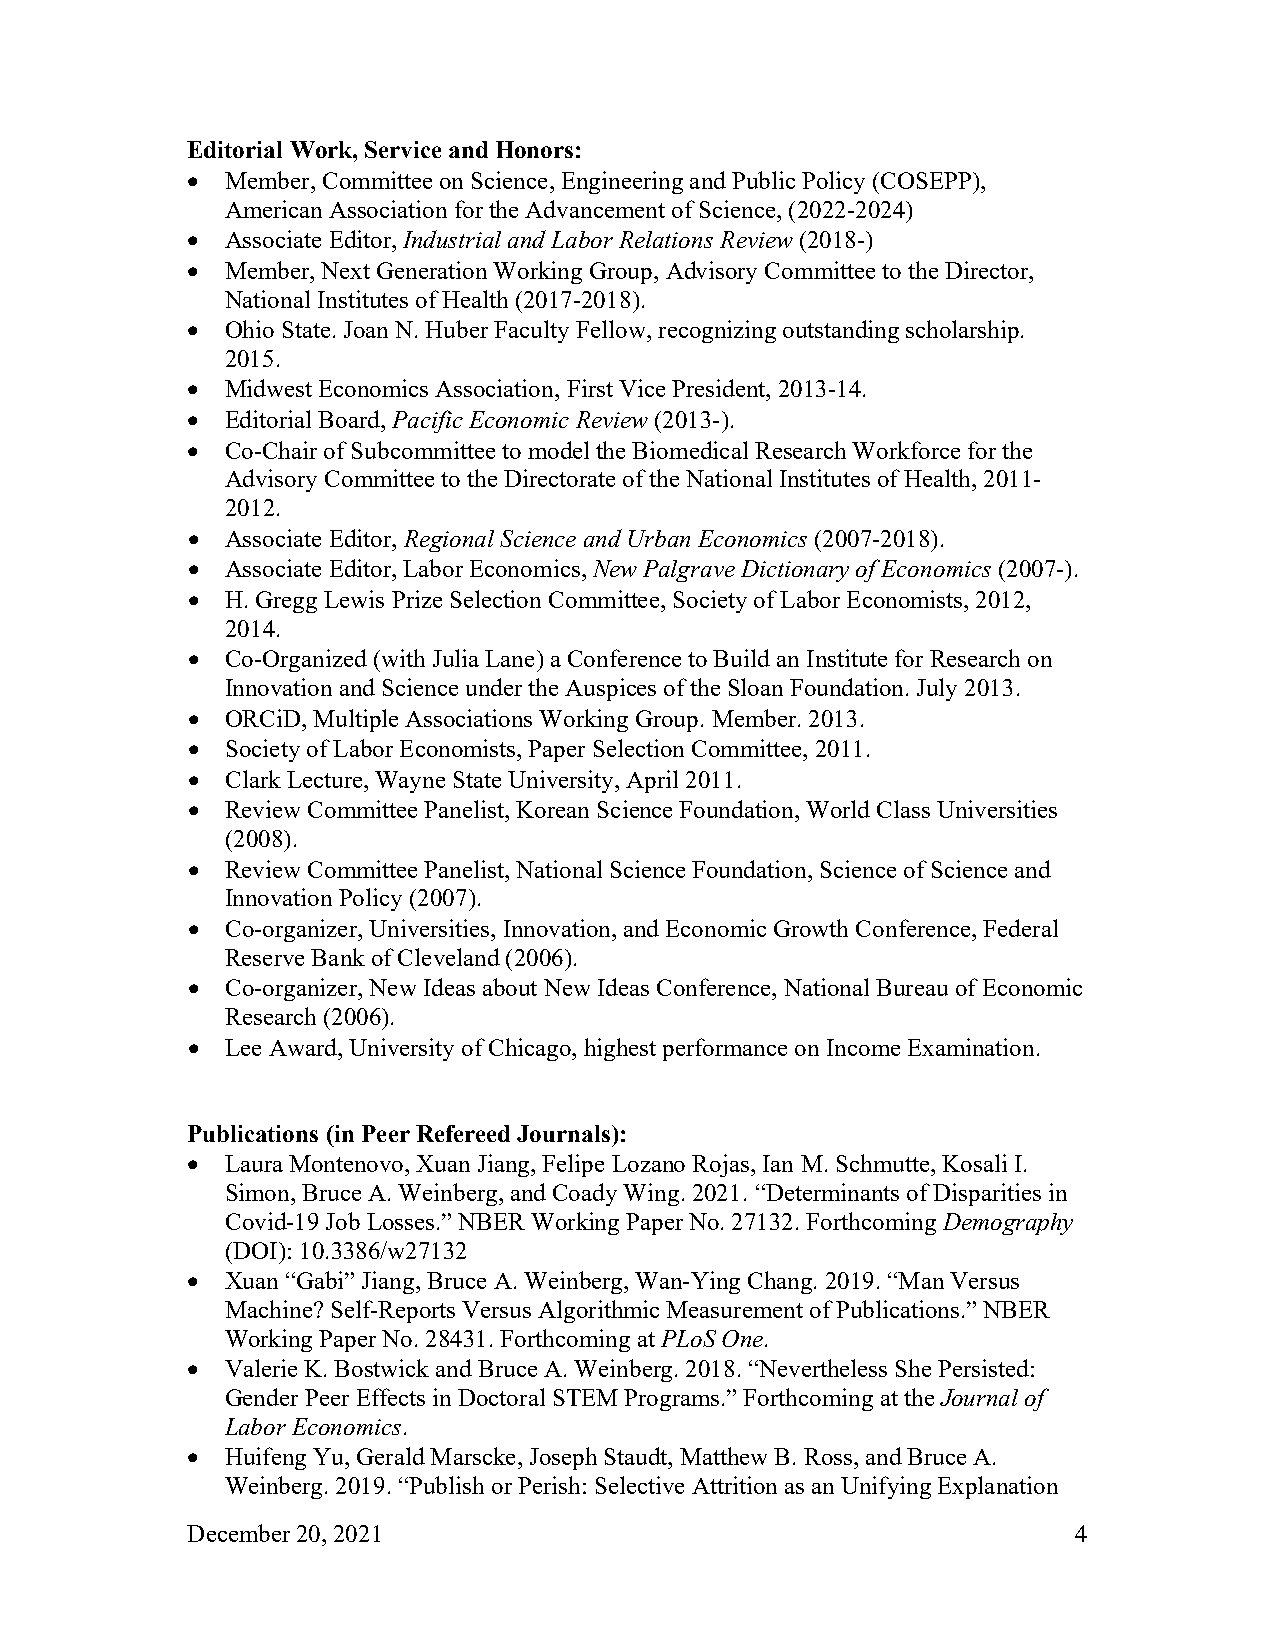
Editorial Work, Service and Honors:
   Member, Committee on Science, Engineering and Public Policy (COSEPP),
 American Association for the Advancement of Science, (2022-2024)
   Associate Editor, Industrial and Labor Relations Review (2018-)
   Member, Next Generation Working Group, Advisory Committee to the Director,
 National Institutes of Health (2017-2018).
   Ohio State. Joan N. Huber Faculty Fellow, recognizing outstanding scholarship.
 2015.
   Midwest Economics Association, First Vice President, 2013-14.
   Editorial Board, Pacific Economic Review (2013-).
   Co-Chair of Subcommittee to model the Biomedical Research Workforce for the
 Advisory Committee to the Directorate of the National Institutes of Health, 2011-
 2012.
   Associate Editor, Regional Science and Urban Economics (2007-2018).
   Associate Editor, Labor Economics, New Palgrave Dictionary of Economics (2007-).
   H. Gregg Lewis Prize Selection Committee, Society of Labor Economists, 2012,
 2014.
   Co-Organized (with Julia Lane) a Conference to Build an Institute for Research on
 Innovation and Science under the Auspices of the Sloan Foundation. July 2013.
   ORCiD, Multiple Associations Working Group. Member. 2013.
   Society of Labor Economists, Paper Selection Committee, 2011.
   Clark Lecture, Wayne State University, April 2011.
   Review Committee Panelist, Korean Science Foundation, World Class Universities
 (2008).
   Review Committee Panelist, National Science Foundation, Science of Science and
 Innovation Policy (2007).
   Co-organizer, Universities, Innovation, and Economic Growth Conference, Federal
 Reserve Bank of Cleveland (2006).
   Co-organizer, New Ideas about New Ideas Conference, National Bureau of Economic
 Research (2006).
   Lee Award, University of Chicago, highest performance on Income Examination.
 Publications (in Peer Refereed Journals):
   Laura Montenovo, Xuan Jiang, Felipe Lozano Rojas, Ian M. Schmutte, Kosali I.
 Simon, Bruce A. Weinberg, and Coady Wing. 2021. “Determinants of Disparities in
 Covid-19 Job Losses.” NBER Working Paper No. 27132. Forthcoming Demography
 (DOI): 10.3386/w27132
   Xuan “Gabi” Jiang, Bruce A. Weinberg, Wan-Ying Chang. 2019. “Man Versus
 Machine? Self-Reports Versus Algorithmic Measurement of Publications.” NBER
 Working Paper No. 28431. Forthcoming at PLoS One.
   Valerie K. Bostwick and Bruce A. Weinberg. 2018. “Nevertheless She Persisted:
 Gender Peer Effects in Doctoral STEM Programs.” Forthcoming at the Journal of
 Labor Economics.
   Huifeng Yu, Gerald Marscke, Joseph Staudt, Matthew B. Ross, and Bruce A.
 Weinberg. 2019. “Publish or Perish: Selective Attrition as an Unifying Explanation
 December 20, 2021                                          4